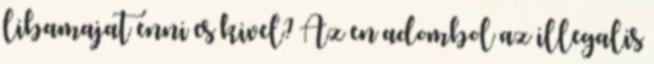
libamajat enni es kivel? Az en adombol az illegalis